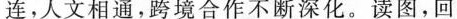
连。人文相通，跨境合作不断深化。读图，回